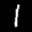
Label: 1